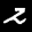
Label: 2